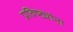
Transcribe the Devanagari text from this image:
प्रविष्ट्यांना